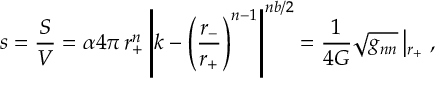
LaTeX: s = \frac { S } { V } = \alpha 4 \pi \, r _ { + } ^ { n } \left| k - \left( \frac { r _ { - } } { r _ { + } } \right) ^ { n - 1 } \right| ^ { n b / 2 } = \frac { 1 } { 4 G } \sqrt { g _ { n n } } \left| _ { r _ { + } } \right. ,